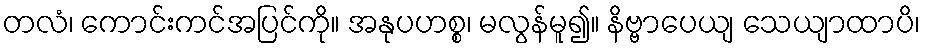
တလံ၊ ကောင်းကင်အပြင်ကို။ အနုပဟစ္စ၊ မလွန်မူ၍။ နိဗ္ဗာပေယျ သေယျာထာပိ၊